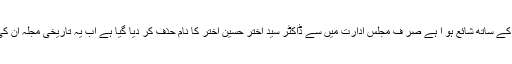
مجلہ اپنی پوری آب و تاب کے ساتھ شائع ہو ا ہے صر ف مجلس ادارت میں سے ڈاکٹر سید اختر حسین اختر کا نام حذف کر دیا گیا ہے اب یہ تاریخی مجلہ ان کی یاد میں شائع ہوا کرے گا۔